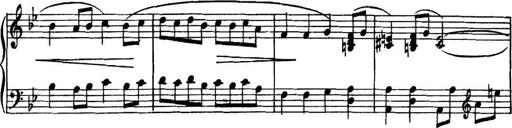
Title: Piano Sonatina in G minor
Composer: John Blackwood McEwen
Key: G minor